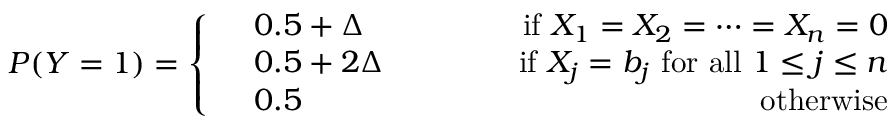
\begin{array} { r } { P ( Y = 1 ) = \left\{ \begin{array} { r l r } & { 0 . 5 + \Delta \ \ \ \ \ \ \ \ \ \ \ \ } & { \mathrm { i f } \ X _ { 1 } = X _ { 2 } = \cdots = X _ { n } = 0 } \\ & { 0 . 5 + 2 \Delta \ \ \ } & { \mathrm { i f } \ X _ { j } = b _ { j } \ \mathrm { f o r ~ a l l } \ 1 \le j \le n } \\ & { 0 . 5 } & { \mathrm { o t h e r w i s e } } \end{array} \right. } \end{array}